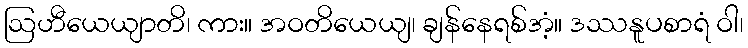
ဩဟီယေယျာတိ၊ ကား။ အဝတိယေယျ၊ ချန်နေရစ်အံ့။ ဒဿနူပစာရံ ဝါ၊